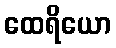
ထေရိယော